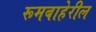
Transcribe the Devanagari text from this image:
रूमबाहेरील